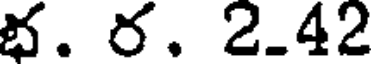
భ. ర. 2.42